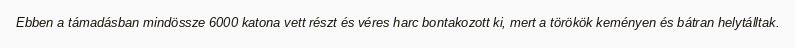
Ebben a támadásban mindössze 6000 katona vett részt és véres harc bontakozott ki, mert a törökök keményen és bátran helytálltak.